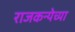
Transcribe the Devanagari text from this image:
राजकन्येच्या